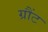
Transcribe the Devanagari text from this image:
ग्रौंट